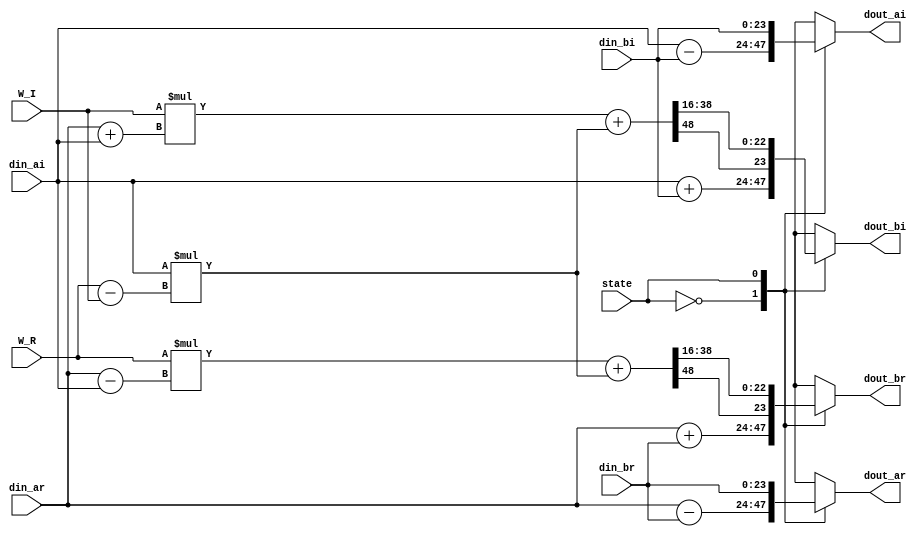

module fft_butterFly#(parameter IN_W = 24,parameter Factor_W = 32)
(state,din_ar,din_ai,din_br,din_bi,W_R,W_I,dout_ar,dout_ai,dout_br,dout_bi);
input state;
input signed [IN_W-1:0] din_ar,din_ai,din_br,din_bi;
input signed [Factor_W-1:0] W_R;
input signed [Factor_W-1:0] W_I;
output signed [IN_W-1:0] dout_ar,dout_ai,dout_br,dout_bi;

reg signed [IN_W-1:0] dout_ar,dout_ai,dout_br,dout_bi;
reg signed [IN_W-1:0] a,b,c,d;
reg signed [IN_W*2:0] inter,mul_r,mul_i;

always@(*)
begin
	dout_ar = din_br;
	dout_ai = din_bi;
	dout_br = {IN_W{1'b0}};
	dout_bi = {IN_W{1'b0}};
	case(state)
	1'd0: 
	begin
		a = din_ar + din_br;
		b = din_ai + din_bi;

		c = din_ar - din_br;
		d = din_ai - din_bi;

		dout_br = a;
		dout_bi = b;

		dout_ar = c;
		dout_ai = d;
	end
	1'd1: 
	begin
		dout_ar = din_br;
		dout_ai = din_bi;

		a = din_ar;
		b = din_ai;

		inter = b*(W_R-W_I);
		mul_r = W_R*(a-b) + inter;
		mul_i = W_I*(a+b) + inter;

		dout_br = {mul_r[IN_W*2],mul_r[38:16]};
		dout_bi = {mul_i[IN_W*2],mul_i[38:16]};
	end
	default:
	begin
		dout_ar = din_br;
		dout_ai = din_bi;
	end
	endcase 
end

endmodule